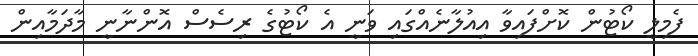
ފެމިލީ ކޯޓުން ކޮށްފައިވާ އިއުލާނެއްގައި ވަނީ އެ ކޯޓުގެ ރިސެސް އޮންނާނީ މާދަމާއިން